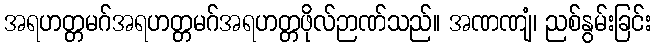
အရဟတ္တမဂ်အရဟတ္တမဂ်အရဟတ္တဖိုလ်ဉာဏ်သည်။ အဏဏျံ၊ ညစ်နွမ်းခြင်း